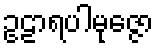
ဥဠာရပါမုဇ္ဇော